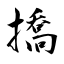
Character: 撟